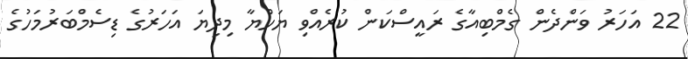
22 އަހަރު ވަންދެން ގެމްބިއާގެ ރައީސްކަން ކުރެއްވި ޔަހްޔާ މިދިޔަ އަހަރުގެ ޑިސެމްބަރުމަހުގެ